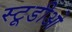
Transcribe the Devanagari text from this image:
स्टूडीओ